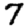
Digit: 7